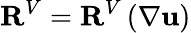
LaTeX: \mathbf{R}^{V}=\mathbf{R}^{V}\left(\nabla\mathbf{u}\right)